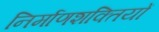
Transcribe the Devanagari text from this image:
निर्माणशक्तियों